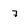
Character: 7